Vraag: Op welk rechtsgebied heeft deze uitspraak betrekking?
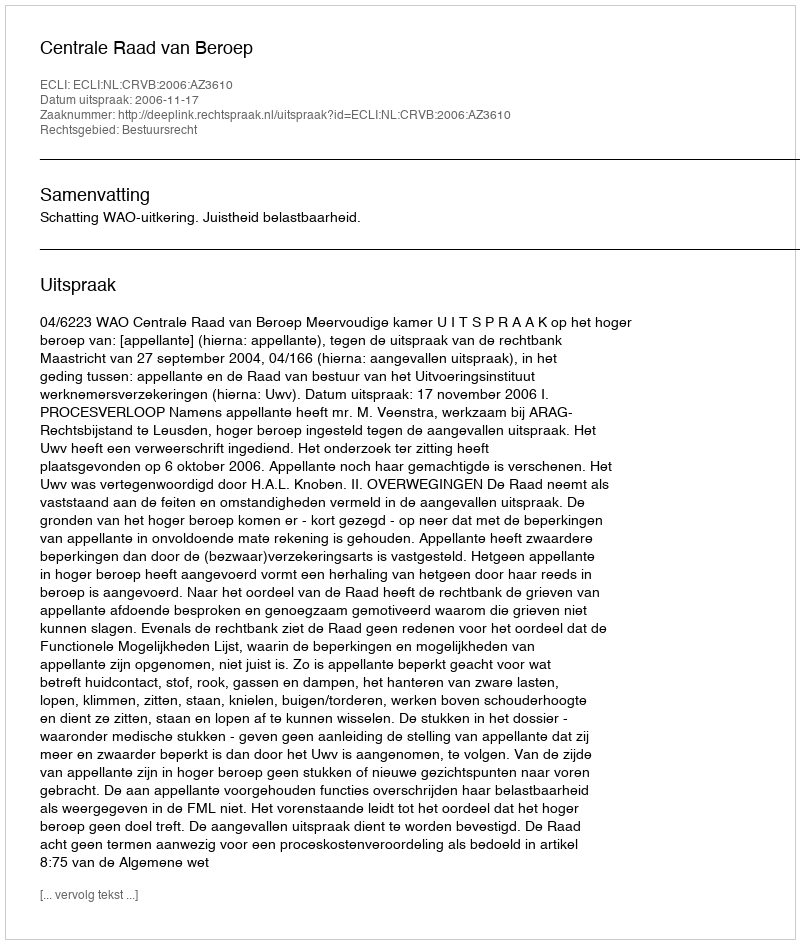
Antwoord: Bestuursrecht